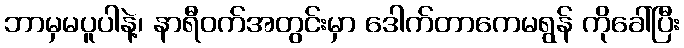
ဘာမှမပူပါနဲ့၊ နာရီဝက်အတွင်းမှာ ဒေါက်တာကေမရွန် ကိုခေါ်ပြီး